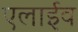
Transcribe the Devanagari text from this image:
एलाईव